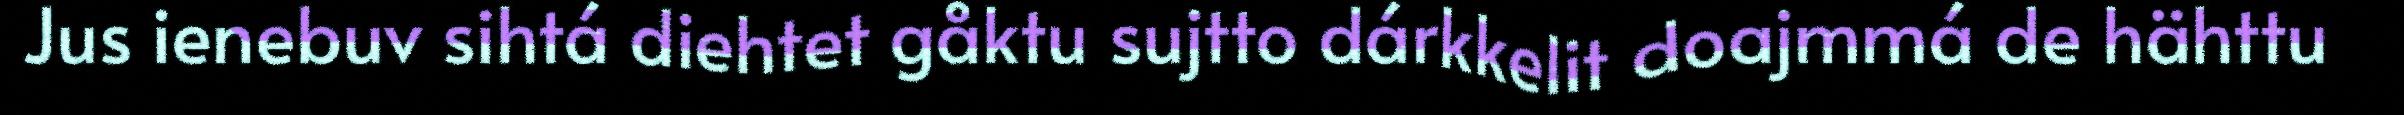
Jus ienebuv sihtá diehtet gåktu sujtto dárkkelit doajmmá de hähttu